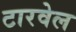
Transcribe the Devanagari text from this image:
टारवेल